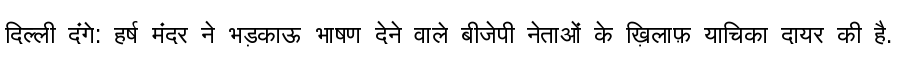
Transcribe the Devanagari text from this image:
दिल्ली दंगे: हर्ष मंदर ने भड़काऊ भाषण देने वाले बीजेपी नेताओं के ख़िलाफ़ याचिका दायर की है.